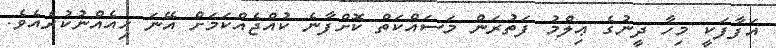
އަފާފަކީ މިހާ ދީނުގެ ޢިލްމު ފަތުރަން މަސައްކަތް ކޮށްފާނެ ކުއްޖެއްކަމަށް އޭނަ ހިއެއްނުކުރެއެވެ.